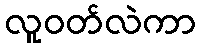
လူဝတ်လဲကာ